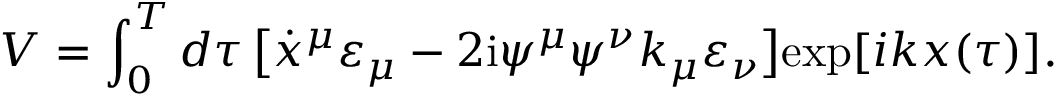
V = \int _ { 0 } ^ { T } d \tau \, \bigl [ \dot { x } ^ { \mu } \varepsilon _ { \mu } - 2 \mathrm { i } \psi ^ { \mu } \psi ^ { \nu } k _ { \mu } \varepsilon _ { \nu } \bigr ] \mathrm { e x p } [ i k x ( { \tau } ) ] .